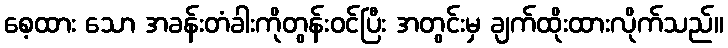
စေ့ထား သော အခန်းတံခါးကိုတွန်းဝင်ပြီး အတွင်းမှ ချက်ထိုးထားလိုက်သည်။